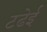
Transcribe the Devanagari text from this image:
टढेई